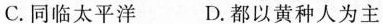
C.同临太平洋 D.都以黄种人为主